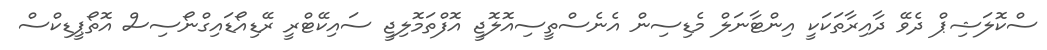
ސްކޮލަޝިޕް ދެވޭ ދާއިރާތަކަކީ އިންޓާނަލް މެޑިސިން އެނެސްތީސިއޮލޮޖީ އޮފްތަމޮލިޖީ ސައިކޭޓްރީ ރޭޑިއޯޑައިގްނޯސިސް އޮތޯޕީޑިކްސް